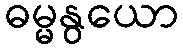
ဓမ္မနွယော